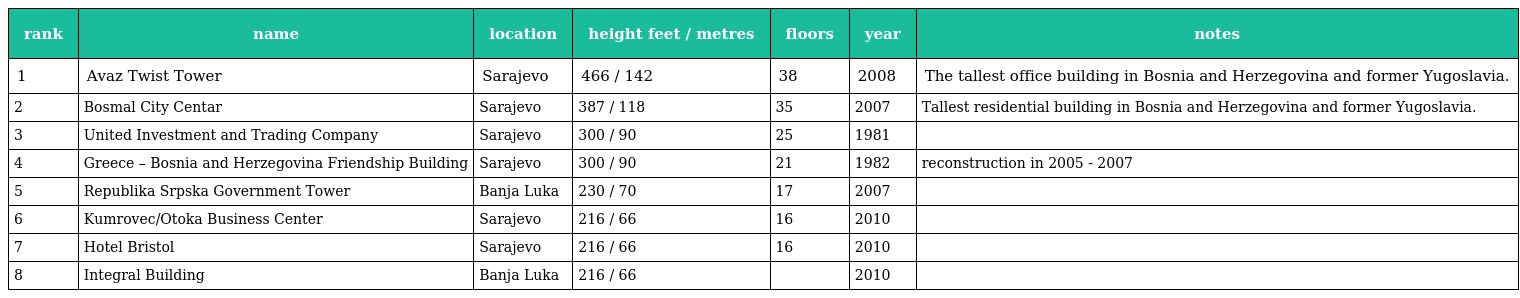
| rank | name | location | height feet / metres | floors | year | notes |
 | --- | --- | --- | --- | --- | --- | --- |
 | 1 | Avaz Twist Tower | Sarajevo | 466 / 142 | 38 | 2008 | The tallest office building in Bosnia and Herzegovina and former Yugoslavia. |
 | 2 | Bosmal City Centar | Sarajevo | 387 / 118 | 35 | 2007 | Tallest residential building in Bosnia and Herzegovina and former Yugoslavia. |
 | 3 | United Investment and Trading Company | Sarajevo | 300 / 90 | 25 | 1981 |  |
 | 4 | Greece – Bosnia and Herzegovina Friendship Building | Sarajevo | 300 / 90 | 21 | 1982 | reconstruction in 2005 - 2007 |
 | 5 | Republika Srpska Government Tower | Banja Luka | 230 / 70 | 17 | 2007 |  |
 | 6 | Kumrovec/Otoka Business Center | Sarajevo | 216 / 66 | 16 | 2010 |  |
 | 7 | Hotel Bristol | Sarajevo | 216 / 66 | 16 | 2010 |  |
 | 8 | Integral Building | Banja Luka | 216 / 66 |  | 2010 |  |